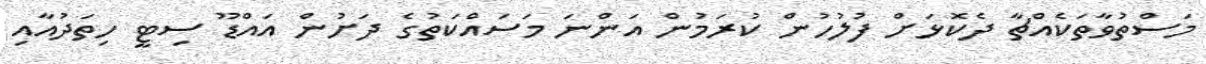
މަސްތުވާތަކެއްޗާ ދެކޮޅަށް ފުލުހުން ކުރަމުން އަންނަ މަސައްކަތުގެ ދަށުން އައްޑޫ ސިޓީ ހިތަދުއާއި